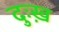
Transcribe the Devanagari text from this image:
दुःख़